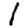
Digit: 1